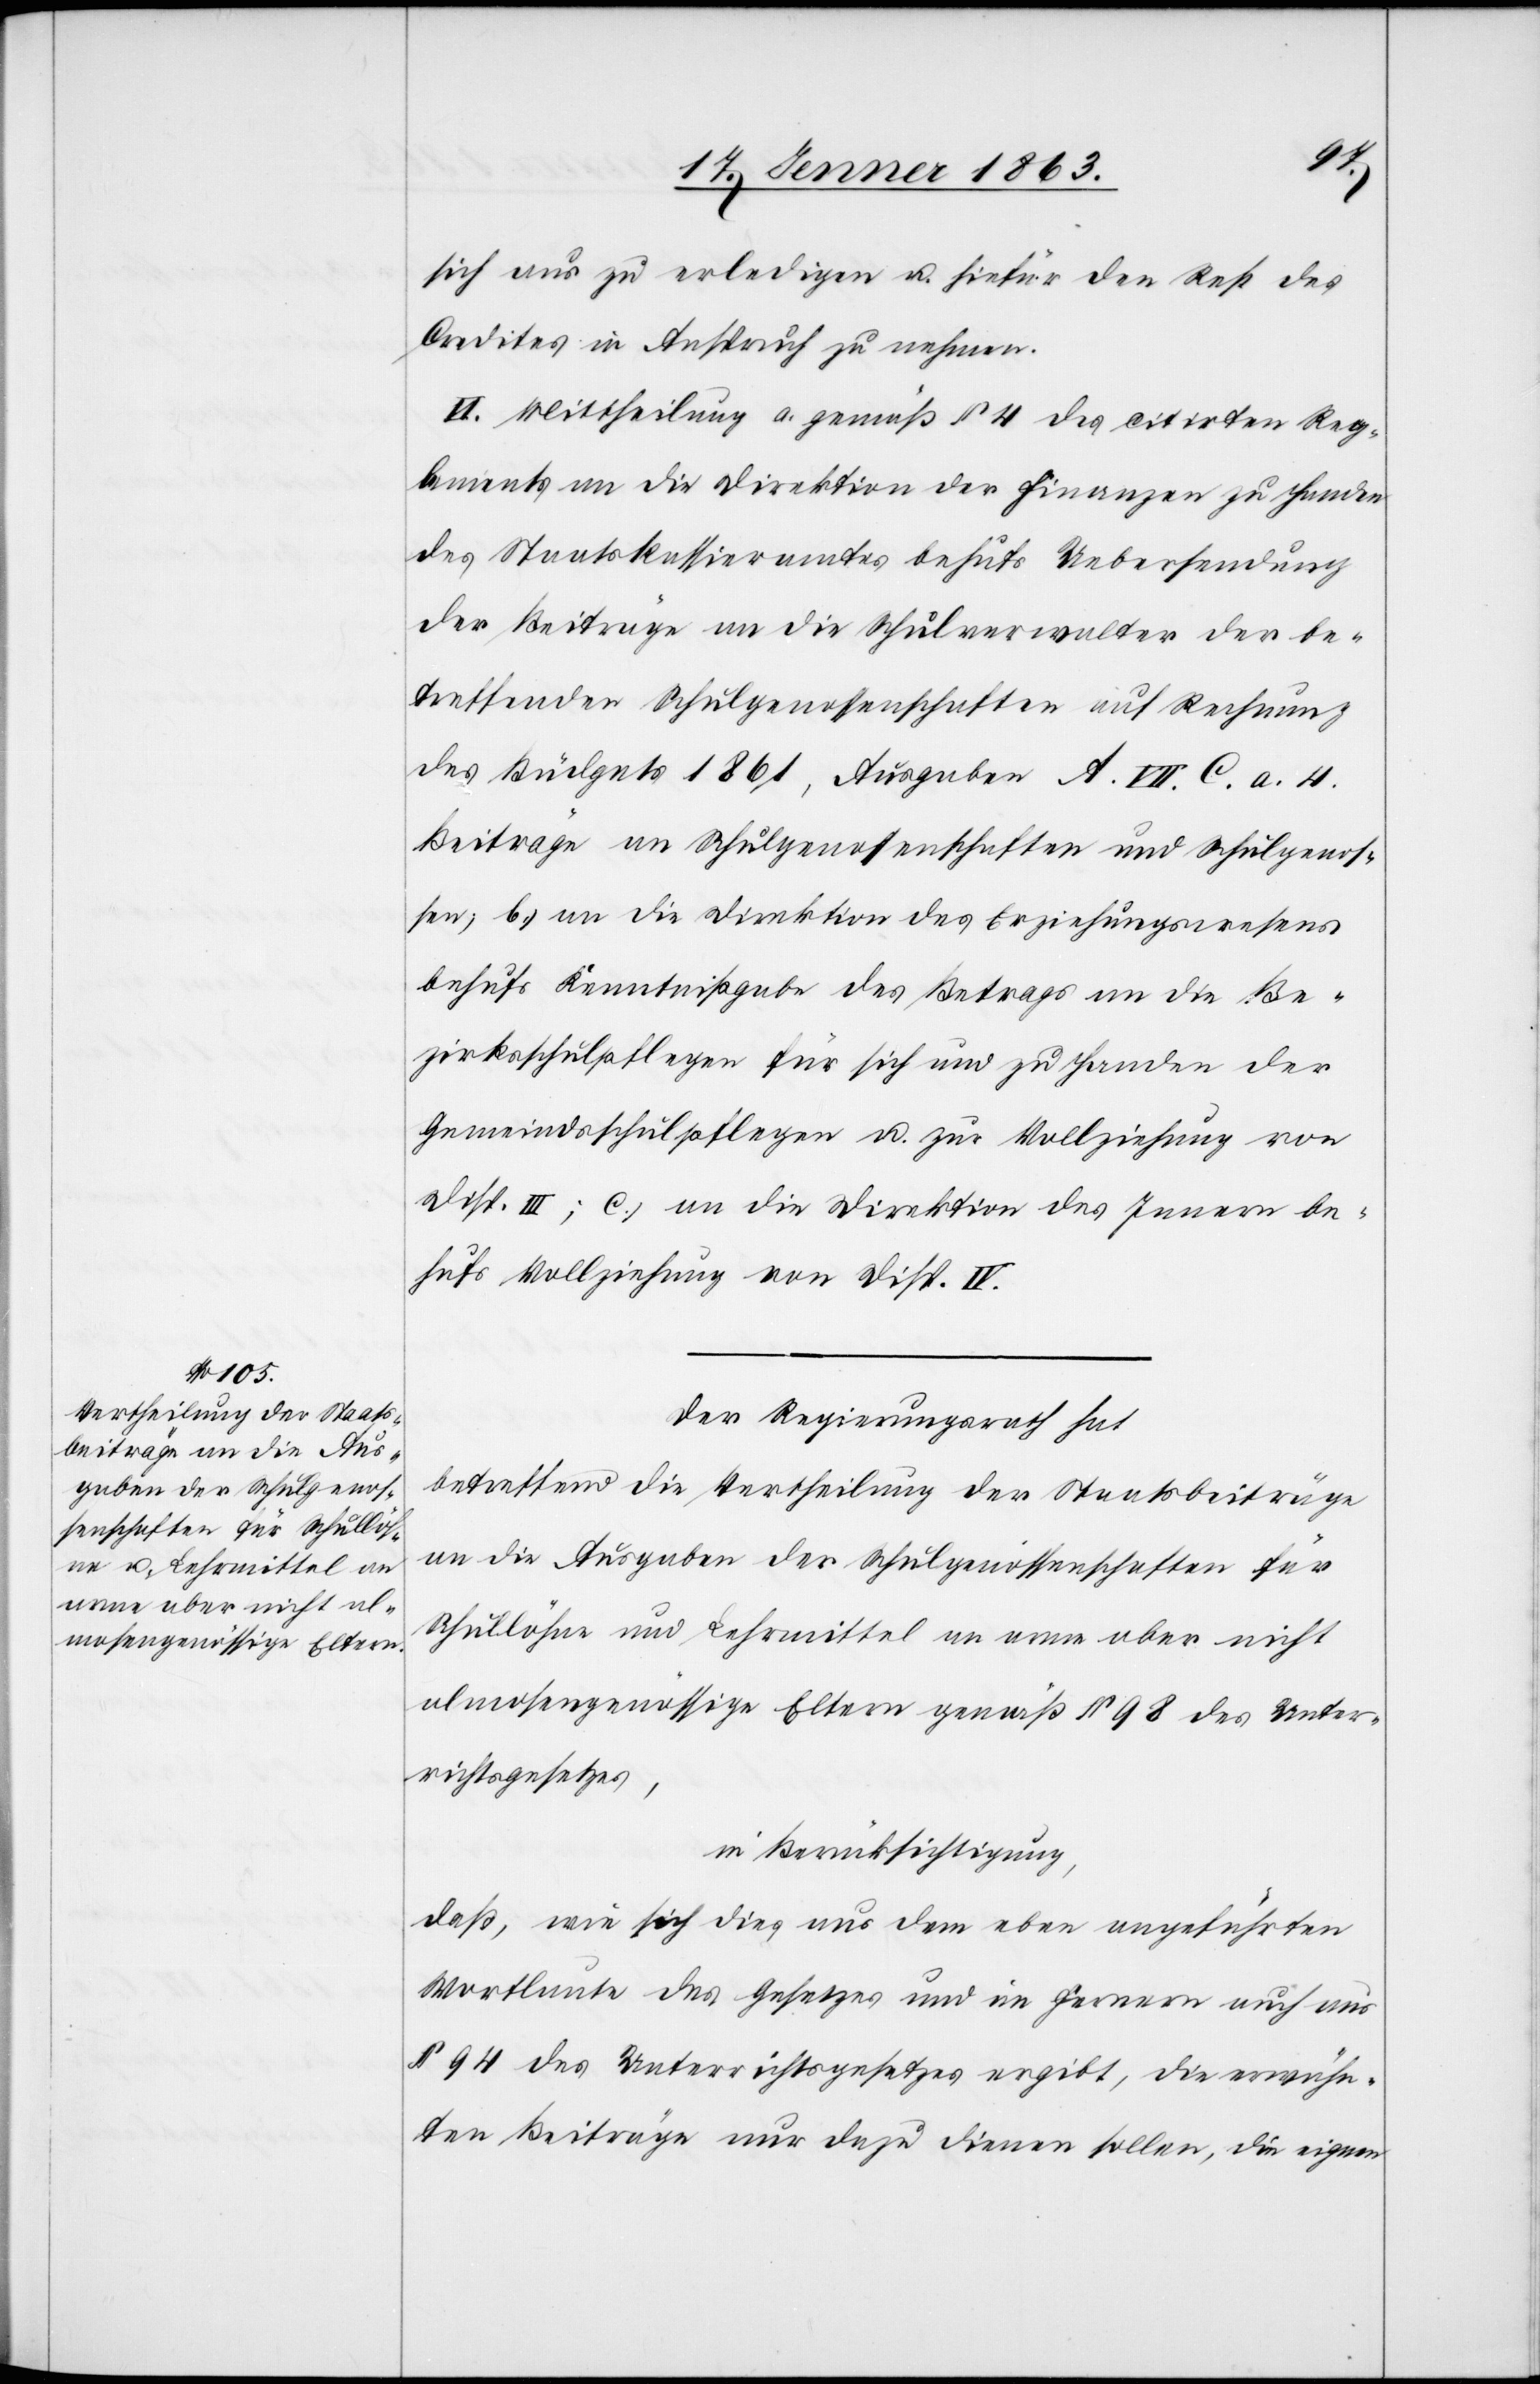
sich aus zu erledigen u. hiefür den Rest des
Credites in Anspruch zu nehmen.
VI. Mittheilung a.) gemäß § 4 des citirten Reg¬
lements an die Direktion der Finanzen zu Handen
des Staatskassieramtes behufs Uebersendung
der Beiträge an die Schulverwalter der be¬
treffenden Schulgenossenschaften auf Rechnung
des Büdgets 1861, Ausgaben A. VII. C. a. 4.
Beiträge an Schulgenossenschaften und Schulgenos¬
sen; b.) an die Direktion des Erziehungswesens
behufs Kenntnißgabe des Betrags an die Be¬
zirksschulpflegen für sich und zu Handen der
Gemeindsschulpflegen u. zur Vollziehung von
Disp. III; c.) an die Direktion des Innern be¬
hufs Vollziehung von Disp. IV.
Der Regierungsrath hat
betreffend die Vertheilung der Staatsbeiträge
an die Ausgaben der Schulgenossenschaften für
Schullöhne und Lehrmittel an arme aber nicht
almosengenössige Eltern gemäß § 98 des Unter¬
richtsgesetzes,
in Berücksichtigung,
daß, wie sich dies aus dem eben angeführten
Wortlaute des Gesetzes und im Fernern auch aus
§ 94 des Unterrichtsgesetzes ergibt, die erwähn¬
ten Beiträge nur dazu dienen sollen, die eignen